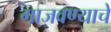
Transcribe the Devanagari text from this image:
गाजवण्याचे